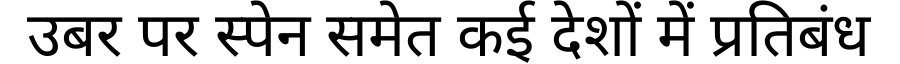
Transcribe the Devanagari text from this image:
उबर पर स्पेन समेत कई देशों में प्रतिबंध